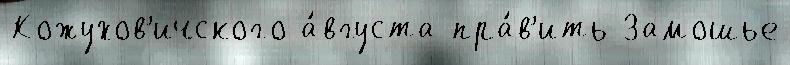
Кожухов'ичского а́вгуста пра́в'ить Замошье